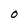
Character: O